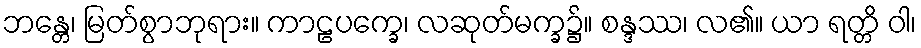
ဘန္တေ၊ မြတ်စွာဘုရား။ ကာဠပက္ခေ၊ လဆုတ်မက္ခ၌။ စန္ဒဿ၊ လ၏။ ယာ ရတ္တိ ဝါ၊